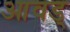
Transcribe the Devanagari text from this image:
आवड्